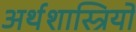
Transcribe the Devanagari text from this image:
अर्थशास्त्रियो